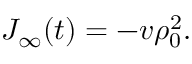
J _ { \infty } ( t ) = - v \rho _ { 0 } ^ { 2 } .